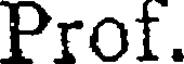
Prof.